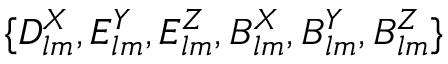
\{ D _ { l m } ^ { X } , E _ { l m } ^ { Y } , E _ { l m } ^ { Z } , B _ { l m } ^ { X } , B _ { l m } ^ { Y } , B _ { l m } ^ { Z } \}